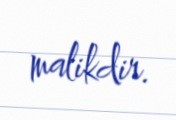
malikdir.